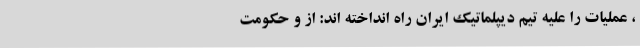
، عملیات را علیه تیم دیپلماتیک ایران راه انداخته اند: از و حکومت